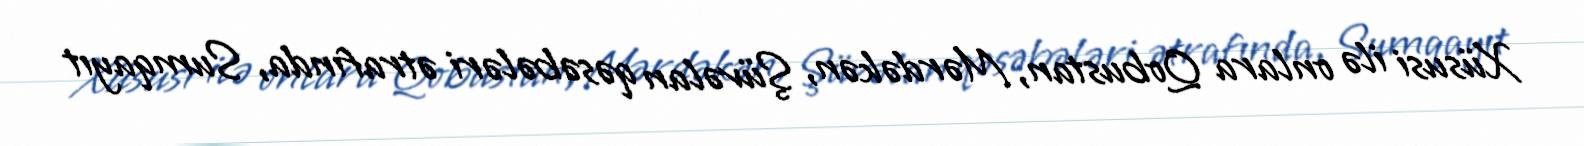
Xüsusi ilə onlara Qobustan, Mərdəkən, Şüvəlan qəsəbələri ətrafında, Sumqayıt